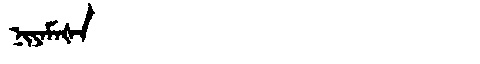
Manchu: ᠨᡳᠶᠠᠮᠠᡧᠠ
Romanization: NIYAMAŠA